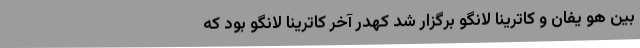
بین هو یفان و کاترینا لانگو برگزار شد کهدر آخر کاترینا لانگو بود که